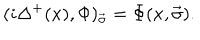
LaTeX: ( i \Delta ^ { + } ( x ) , \Phi ) _ { \vec { \sigma } } = \Phi ( x , \vec { \sigma } ) .